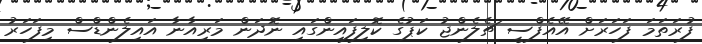
ފުރަތަމަ ފަހަރަށް އޭއެފްސީ ޗެލެންޖު ކަޕުގެ ކޮލިފައިންގައި ނޮދަން މަރިއާނާ އައިލެންޑްސް މިފަހަރު